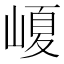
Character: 𡺷